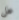
هل